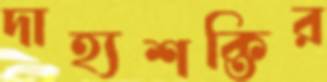
দাহ্যশক্তির